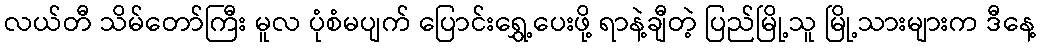
လယ်တီ သိမ်တော်ကြီး မူလ ပုံစံမပျက် ပြောင်းရွှေ့ပေးဖို့ ရာနဲ့ချီတဲ့ ပြည်မြို့သူ မြို့သားများက ဒီနေ့